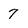
Character: 7